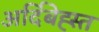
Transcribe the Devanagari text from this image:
अर्दिबेह्स्त